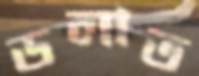
ডলাত